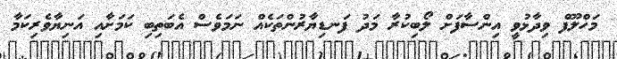
މަހްލޫފް ވިދާޅުވީ އިންސާފަށް ލޯބިކުރާ މަދު ފަނޑިޔާރުންތަކެއް ނަމަވެސް އެބަތިބި ކަމަށާއި އަނިޔާވެރިކަމާ